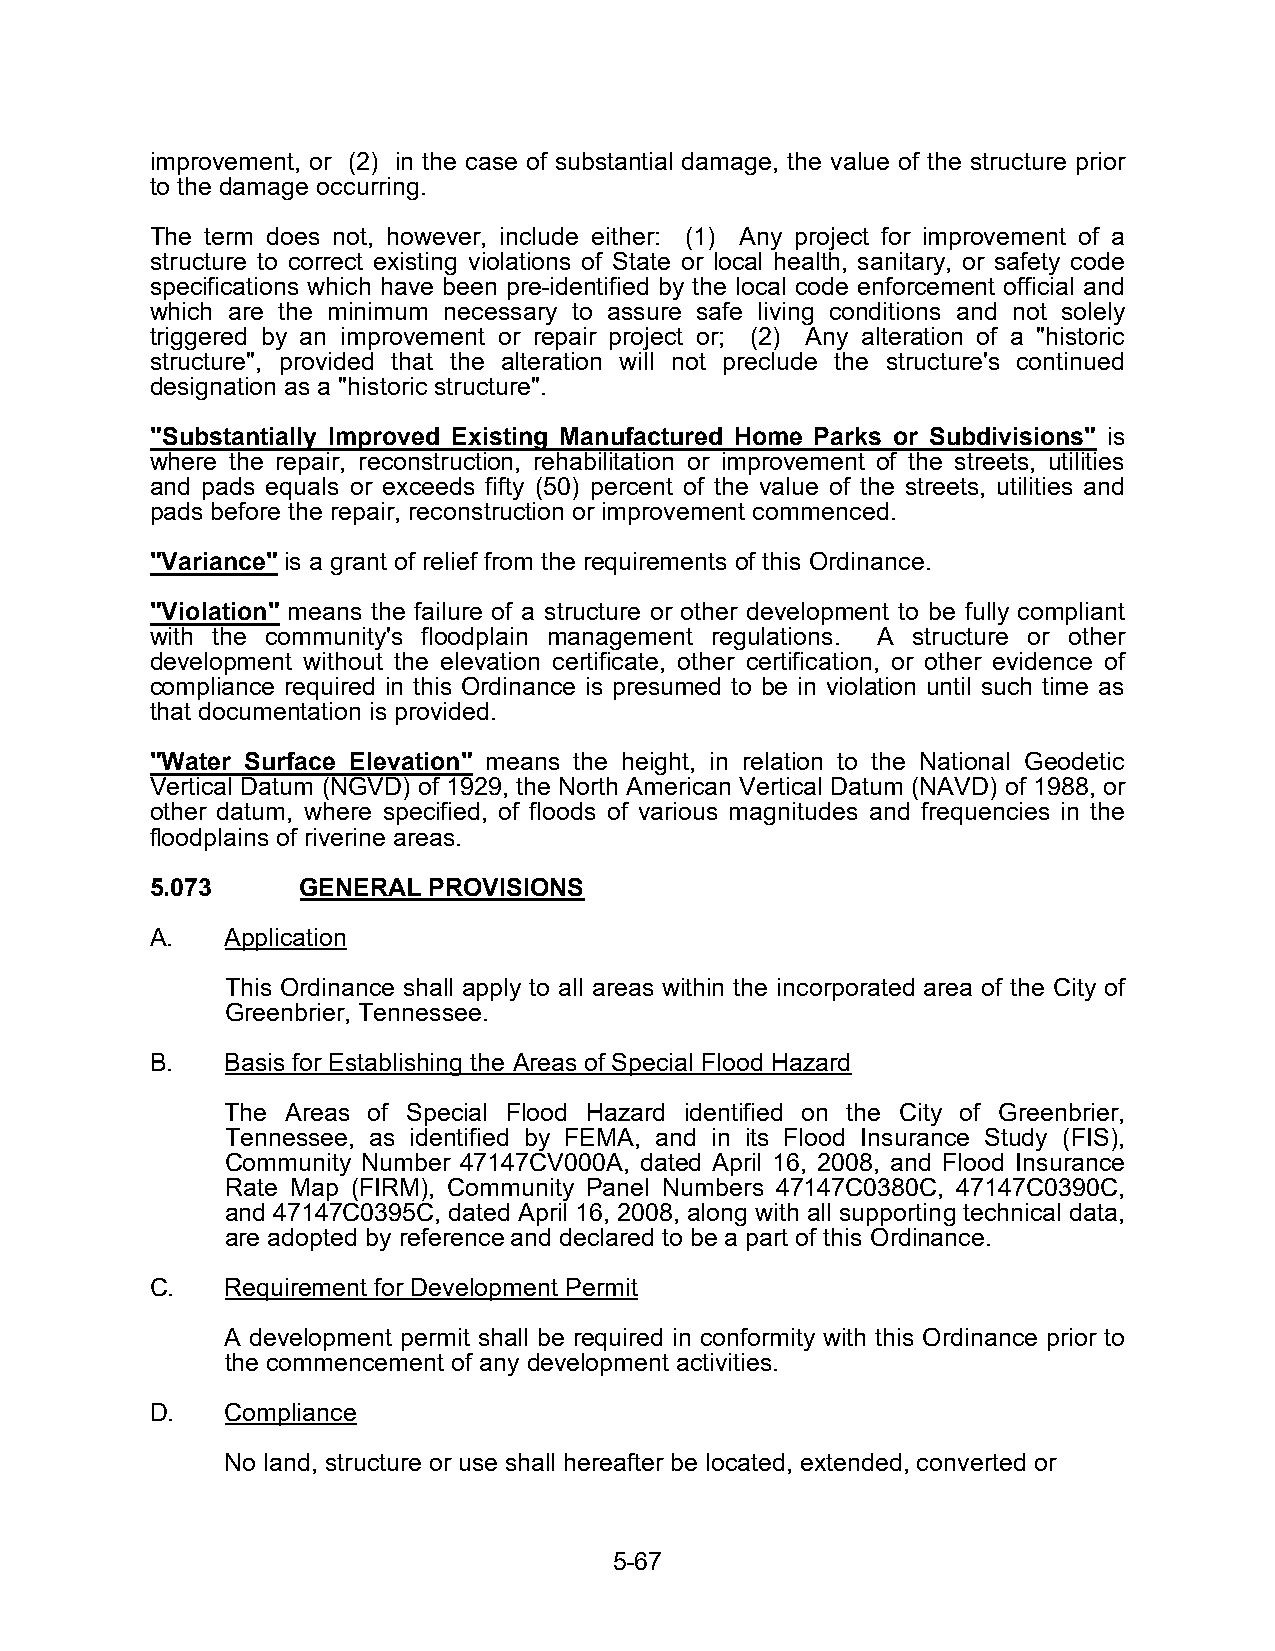
improvement, or (2) in the case of substantial damage, the value of the structure prior
 to the damage occurring.
 The term does not, however, include either: (1) Any project for improvement of a
 structure to correct existing violations of State or local health, sanitary, or safety code
 specifications which have been pre-identified by the local code enforcement official and
 which are the minimum necessary to assure safe living conditions and not solely
 triggered by an improvement or repair project or; (2) Any alteration of a "historic
 structure", provided that the alteration will not preclude the structure's continued
 designation as a "historic structure".
 "Substantially Improved Existing Manufactured Home Parks or Subdivisions" is
 where the repair, reconstruction, rehabilitation or improvement of the streets, utilities
 and pads equals or exceeds fifty (50) percent of the value of the streets, utilities and
 pads before the repair, reconstruction or improvement commenced.
 "Variance" is a grant of relief from the requirements of this Ordinance.
 "Violation" means the failure of a structure or other development to be fully compliant
 with the community's floodplain management regulations. A structure or other
 development without the elevation certificate, other certification, or other evidence of
 compliance required in this Ordinance is presumed to be in violation until such time as
 that documentation is provided.
 "Water Surface Elevation" means the height, in relation to the National Geodetic
 Vertical Datum (NGVD) of 1929, the North American Vertical Datum (NAVD) of 1988, or
 other datum, where specified, of floods of various magnitudes and frequencies in the
 floodplains of riverine areas.
 5.073     GENERAL PROVISIONS
 A.   Application
 This Ordinance shall apply to all areas within the incorporated area of the City of
 Greenbrier, Tennessee.
 B.   Basis for Establishing the Areas of Special Flood Hazard
 The Areas of Special Flood Hazard identified on the City of Greenbrier,
 Tennessee, as identified by FEMA, and in its Flood Insurance Study (FIS),
 Community Number 47147CV000A, dated April 16, 2008, and Flood Insurance
 Rate Map (FIRM), Community Panel Numbers 47147C0380C, 47147C0390C,
 and 47147C0395C, dated April 16, 2008, along with all supporting technical data,
 are adopted by reference and declared to be a part of this Ordinance.
 C.   Requirement for Development Permit
 A development permit shall be required in conformity with this Ordinance prior to
 the commencement of any development activities.
 D.   Compliance
 No land, structure or use shall hereafter be located, extended, converted or
 5-67